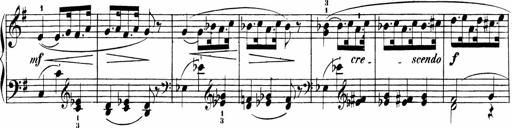
Title: Sonatinen Op.47, 98 und 136, nebst 6 Liedersonatinen
Composer: Carl Reinecke